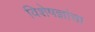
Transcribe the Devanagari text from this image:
विशेषज्ञांचा